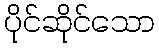
ပိုင်ဆိုင်သော